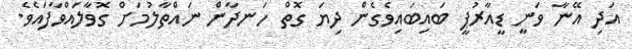
އަދި އޭނާ ވަނީ ޑީއާރުޕީ ބައިބައިވެގެން ދިޔަ ގޮތް ހަނދާން ނައްތާލުމަށް ގޮވާލައްވާފައެވެ.